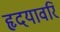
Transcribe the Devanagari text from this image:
हृदयावरि